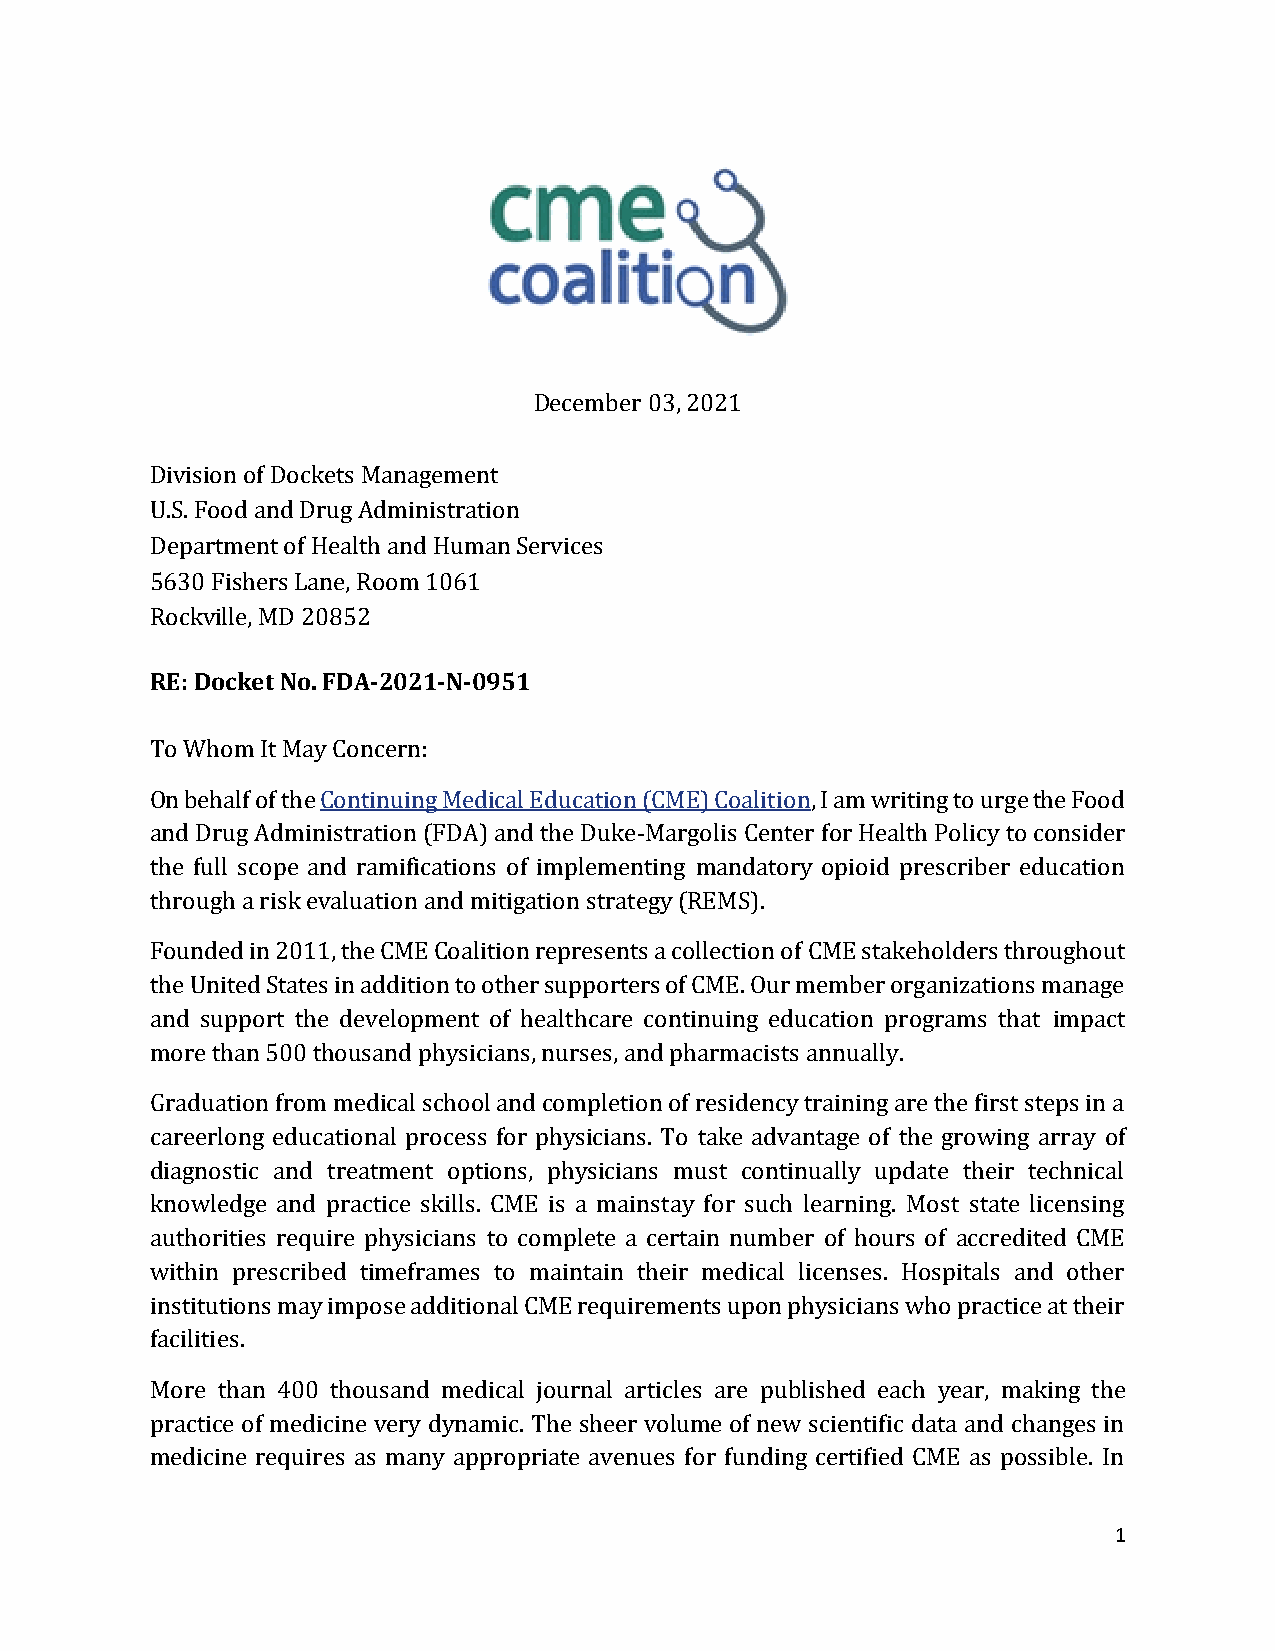
December 03, 2021
 Division of Dockets Management
 U.S. Food and Drug Administration
 Department of Health and Human Services
 5630 Fishers Lane, Room 1061
 Rockville, MD 20852
 RE: Docket No. FDA-2021-N-0951
 To Whom It May Concern:
 On behalf of the Continuing Medical Education (CME) Coalition, I am writing to urge the Food
 and Drug Administration (FDA) and the Duke-Margolis Center for Health Policy to consider
 the full scope and ramifications of implementing mandatory opioid prescriber education
 through a risk evaluation and mitigation strategy (REMS).
 Founded in 2011, the CME Coalition represents a collection of CME stakeholders throughout
 the United States in addition to other supporters of CME. Our member organizations manage
 and support the development of healthcare continuing education programs that impact
 more than 500 thousand physicians, nurses, and pharmacists annually.
 Graduation from medical school and completion of residency training are the first steps in a
 careerlong educational process for physicians. To take advantage of the growing array of
 diagnostic and treatment options, physicians must continually update their technical
 knowledge and practice skills. CME is a mainstay for such learning. Most state licensing
 authorities require physicians to complete a certain number of hours of accredited CME
 within prescribed timeframes to maintain their medical licenses. Hospitals and other
 institutions may impose additional CME requirements upon physicians who practice at their
 facilities.
 More than 400 thousand medical journal articles are published each year, making the
 practice of medicine very dynamic. The sheer volume of new scientific data and changes in
 medicine requires as many appropriate avenues for funding certified CME as possible. In
 1